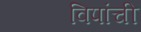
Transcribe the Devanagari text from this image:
विपांची